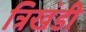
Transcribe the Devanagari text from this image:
त्रिखंडी